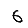
Digit: 6